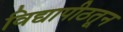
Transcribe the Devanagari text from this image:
विद्यापीठतून